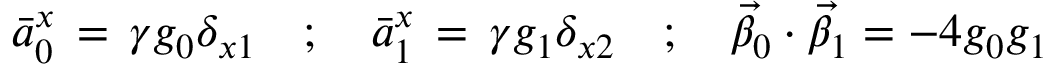
\bar { a } _ { 0 } ^ { x } \, = \, \gamma g _ { 0 } \delta _ { x 1 } \quad ; \quad \bar { a } _ { 1 } ^ { x } \, = \, \gamma g _ { 1 } \delta _ { x 2 } \quad ; \quad \vec { \beta } _ { 0 } \cdot \vec { \beta } _ { 1 } = - 4 g _ { 0 } g _ { 1 }